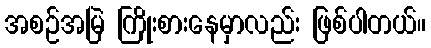
အစဉ်အမြဲ ကြိုးစားနေမှာလည်း ဖြစ်ပါတယ်။